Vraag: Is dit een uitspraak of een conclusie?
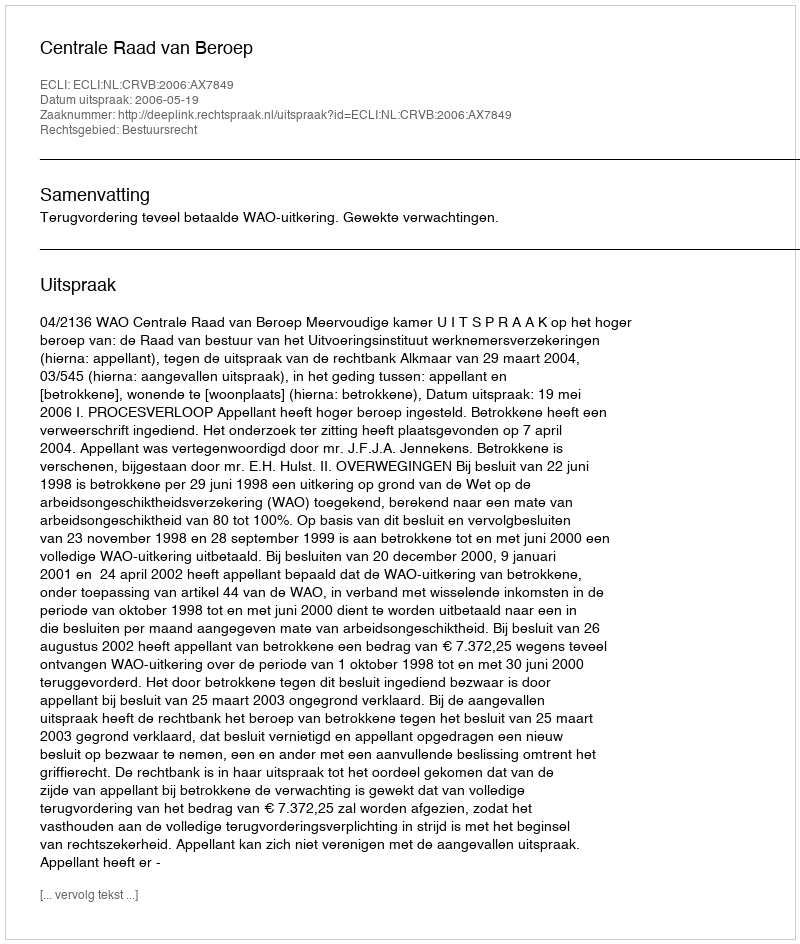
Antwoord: Uitspraak